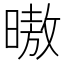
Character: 𰖢